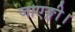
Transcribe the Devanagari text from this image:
जाएङ्गी।